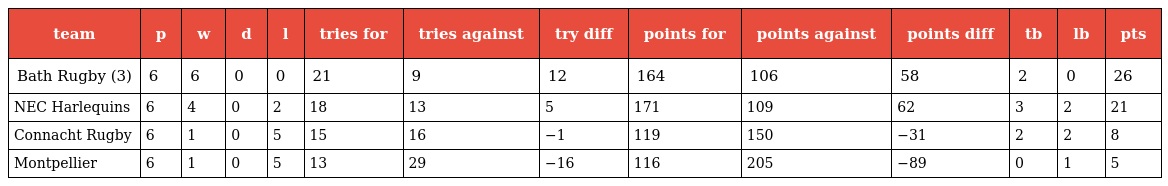
| team | p | w | d | l | tries for | tries against | try diff | points for | points against | points diff | tb | lb | pts |
 | --- | --- | --- | --- | --- | --- | --- | --- | --- | --- | --- | --- | --- | --- |
 | Bath Rugby (3) | 6 | 6 | 0 | 0 | 21 | 9 | 12 | 164 | 106 | 58 | 2 | 0 | 26 |
 | NEC Harlequins | 6 | 4 | 0 | 2 | 18 | 13 | 5 | 171 | 109 | 62 | 3 | 2 | 21 |
 | Connacht Rugby | 6 | 1 | 0 | 5 | 15 | 16 | −1 | 119 | 150 | −31 | 2 | 2 | 8 |
 | Montpellier | 6 | 1 | 0 | 5 | 13 | 29 | −16 | 116 | 205 | −89 | 0 | 1 | 5 |